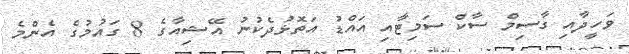
ވަހީދާއި ގާސިމް ސާކް ސަމިޓާއި އައްޑު އަތޮޅުދެކުނު އޭޝިއާގެ 8 ގައުމުގެ އެންމެ